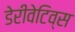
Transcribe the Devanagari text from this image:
डेरीवेटिव्स